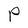
Character: P